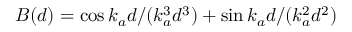
B ( d ) = \cos { k _ { a } d } / ( k _ { a } ^ { 3 } d ^ { 3 } ) + \sin { k _ { a } d } / ( k _ { a } ^ { 2 } d ^ { 2 } )